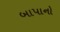
બાપાનો